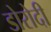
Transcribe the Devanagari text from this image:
डोरोदी